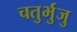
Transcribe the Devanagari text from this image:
चतुर्भुजु